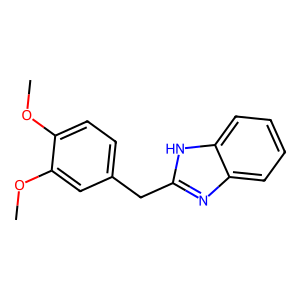
SMILES: COc1ccc(Cc2nc3ccccc3[nH]2)cc1OC
Inhibits HIV replication: No